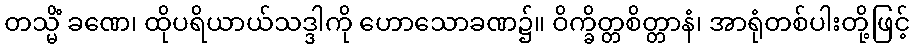
တသ္မိံ ခဏေ၊ ထိုပရိယာယ်သဒ္ဒါကို ဟောသောခဏ၌။ ဝိက္ခိတ္တစိတ္တာနံ၊ အာရုံတစ်ပါးတို့ဖြင့်